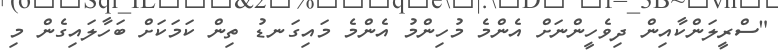
"ސްރީލަންކާއިން ދިވެހީންނަށް އެންމެ މުހިންމު އެންމެ މައިގަނޑު ތިން ކަމަކަށް ބަހާލައިގެން މި